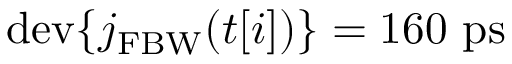
\mathrm { d e v } \{ j _ { \mathrm { F B W } } ( t [ i ] ) \} = 1 6 0 ~ \mathrm { p s }